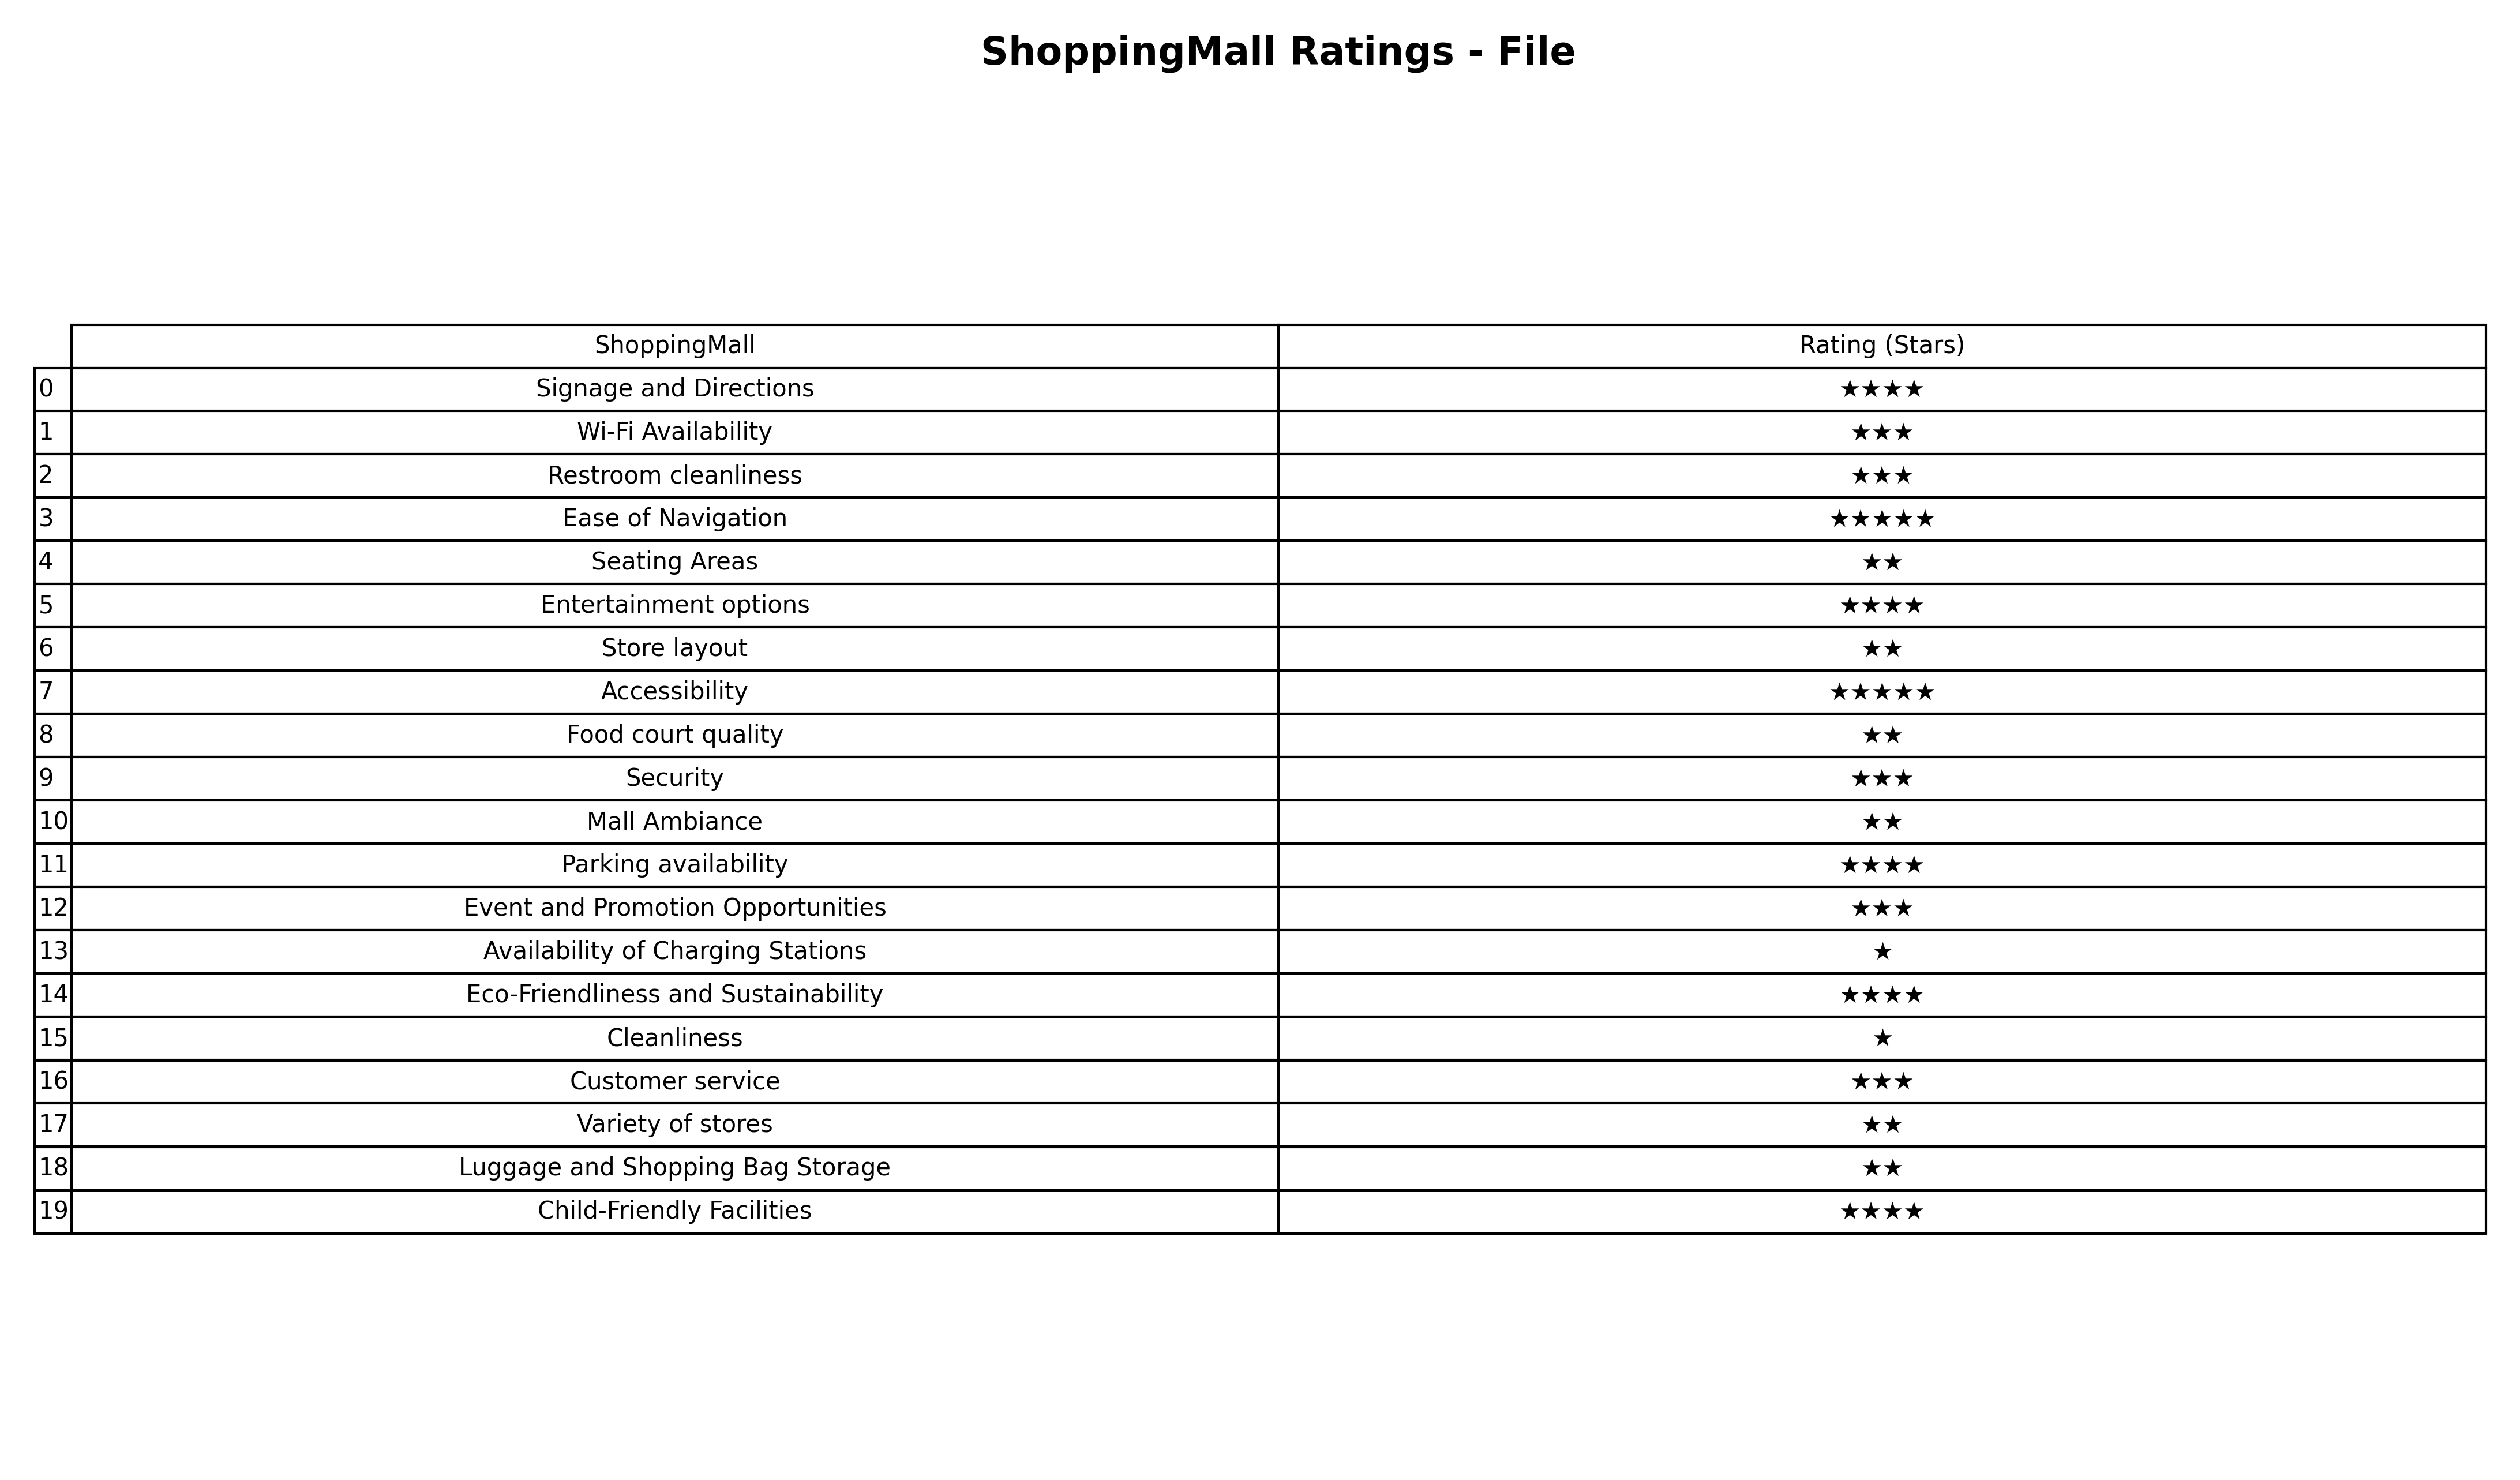
question: What are lowest rating services?
answer: Ease of NavigationAccessibility